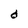
Character: d